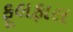
ફૂલફાલ